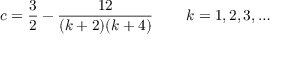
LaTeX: c = \frac { 3 } { 2 } - \frac { 1 2 } { ( k + 2 ) ( k + 4 ) } \, \qquad k = 1 , 2 , 3 , \ldots